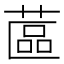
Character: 蓲